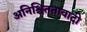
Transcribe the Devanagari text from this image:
अनिश्चिततावादी